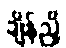
ချိန်ညှိ